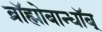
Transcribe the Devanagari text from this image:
ब्रॉह्मोबान्धॉब्